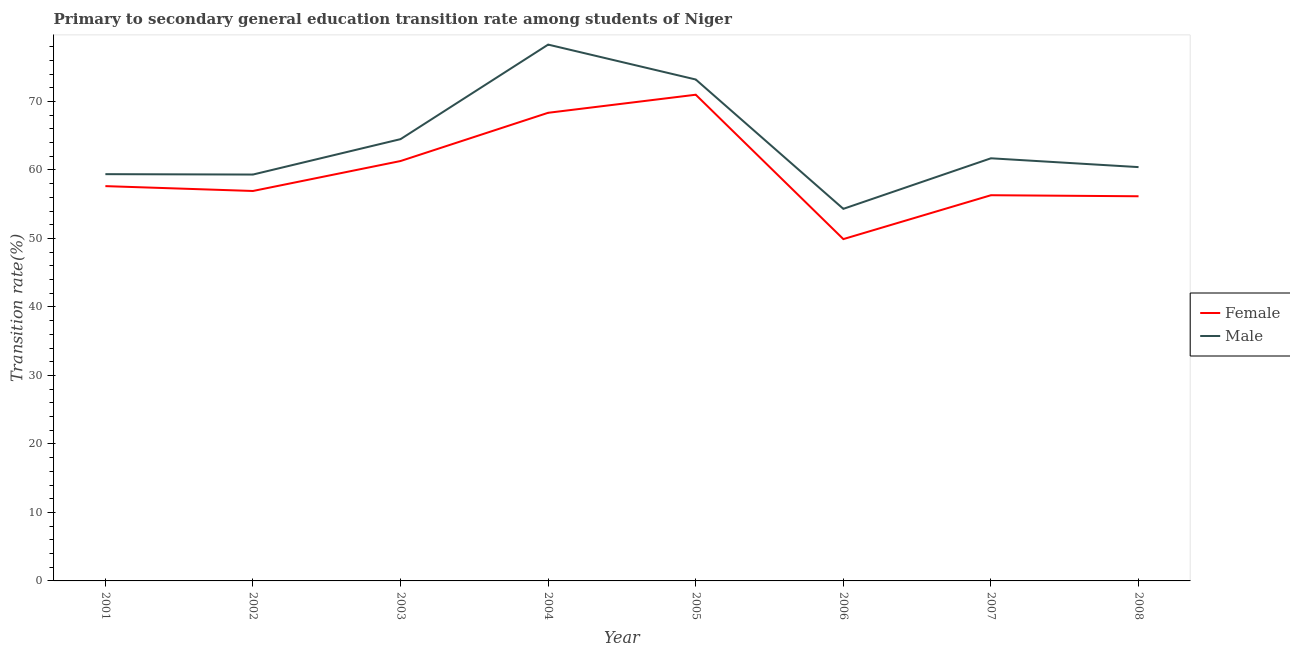
| Year | Female | Male |
 | --- | --- | --- |
 | 2001 | 57.6 | 59.4 |
 | 2002 | 56.9 | 59.3 |
 | 2003 | 61.3 | 64.5 |
 | 2004 | 68.3 | 78.3 |
 | 2005 | 71 | 73.2 |
 | 2006 | 49.9 | 54.3 |
 | 2007 | 56.3 | 61.7 |
 | 2008 | 56.2 | 60.4 |